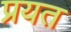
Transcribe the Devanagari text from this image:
प्रयत